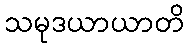
သမုဒယာယာတိ